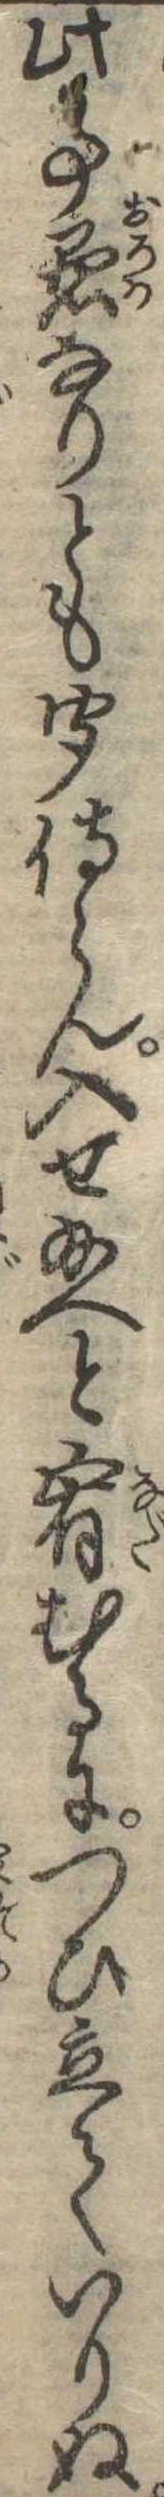
此事愚なりとも聞侍らん入せ給へと宥むるにつひ立ていりぬ